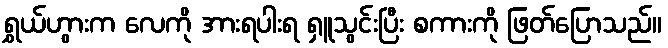
ရွှယ်ဟွားက လေကို အားရပါးရ ရှူသွင်းပြီး စကားကို ဖြတ်ပြောသည်။